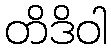
တိဒိဝါ